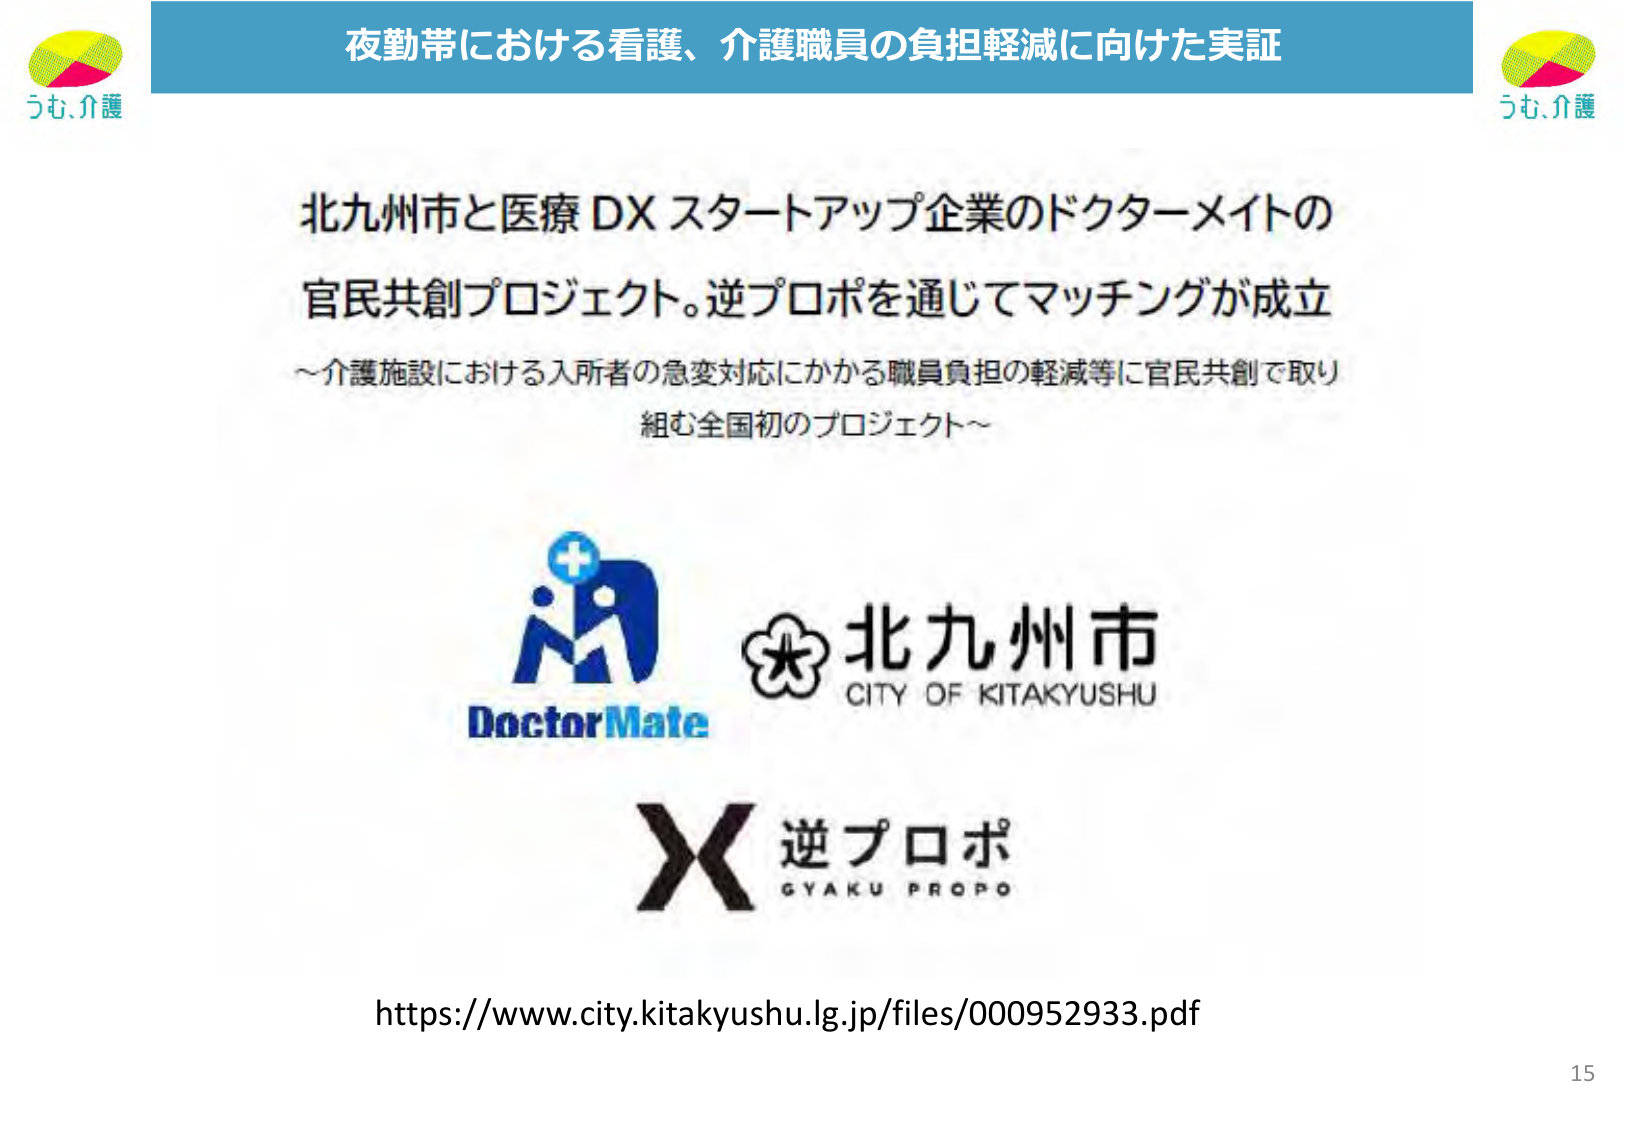
夜勤帯における看護、介護職員の負担軽減に向けた実証

うも、介護

北九州市と医療 DX スタートアップ企業のドクターメイトの
官民共創プロジェクト。逆プロポを通じてマッチングが成立
～介護施設における入所者の急変対応にかかる職員負担の軽減等に官民共創で取り
組む全国初のプロジェクト～

DoctorMate
北九州市
CITY OF KITAKYUSHU

X 逆プロポ
GYAKU PROPO

https://www.city.kitakyushu.lg.jp/files/000952933.pdf

15

うも、介護